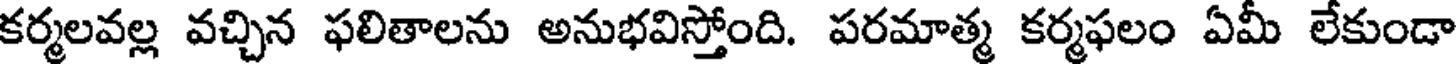
కర్మలవల్ల వచ్చిన ఫలితాలను అనుభవిస్తోంది. పరమాత్మ కర్మఫలం ఏమీ లేకుండా